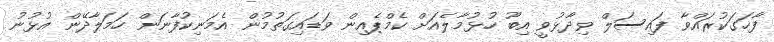
ފާހަގަކުރައްވާ ފައިސަލް ވިދާޅުވީ އިބޫ ހުޅުމާލެއަށް ކެމްޕެއިން ވަޑައިގަތުމުން އެމަނިކުފާނަން ހަމަލާދޭން އުޅުނު